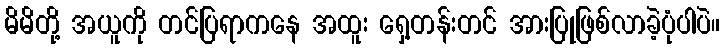
မိမိတို့ အယူကို တင်ပြရာကနေ အထူး ရှေ့တန်းတင် အားပြုဖြစ်လာခဲ့ပုံပါပဲ။